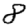
Digit: 8